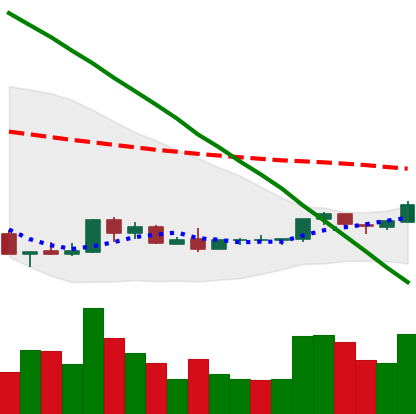
Ticker: NEO-USD
Chart end date: 2018-09-01
Forward return: -9.627%
Label: down_7plus